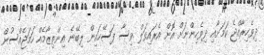
ދިވެހިރާއްޖެ ކަމަށާއި ދިވެހިންނަށް އޮން އެރައިވަލް ވިސާ ފަސޭހައިން ލިބޭނެ އިންތިޒާމެއް ހަމަޖެއްސުން